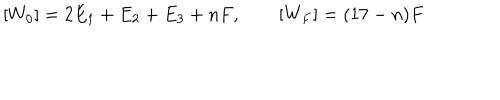
LaTeX: [ W _ { 0 } ] = 2 E _ { 1 } + E _ { 2 } + E _ { 3 } + n F , \qquad [ W _ { F } ] = ( 1 7 - n ) F